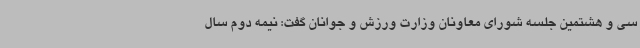
سی و هشتمین جلسه شورای معاونان وزارت ورزش و جوانان گفت: نیمه دوم سال